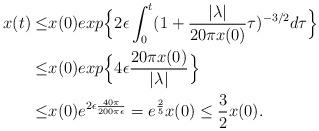
LaTeX: \begin{align*} x(t)\leq & x(0)exp\Big\{2\epsilon\int_0^t (1+\frac{|\lambda|}{20\pi x(0)}\tau)^{-3/2}d\tau\Big\}\\ \leq & x(0)exp\Big\{ 4\epsilon \frac{20\pi x(0)}{|\lambda|}\Big\}\\ \leq & x(0)e^{2\epsilon \frac{40\pi}{200\pi\epsilon}}=e^{\frac{2}{5}}x(0)\leq \frac{3}{2}x(0). \end{align*}